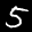
Label: 5